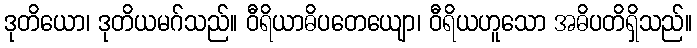
ဒုတိယော၊ ဒုတိယမဂ်သည်။ ဝီရိယာဓိပတေယျော၊ ဝီရိယဟူသော အဓိပတိရှိသည်။